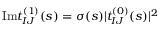
\mathrm { I m } t _ { I J } ^ { ( 1 ) } ( s ) = \sigma ( s ) \vert t _ { I J } ^ { ( 0 ) } ( s ) \vert ^ { 2 }